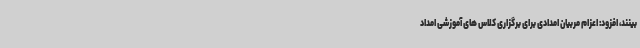
بینند، افزود: اعزام مربیان امدادی برای برگزاری کلاس های آموزشی امداد